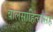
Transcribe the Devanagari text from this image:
बालसाहित्यासह